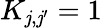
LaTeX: K_{\mathit{j},\mathit{j}^{\prime}}=1